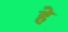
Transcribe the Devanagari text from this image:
हे